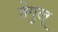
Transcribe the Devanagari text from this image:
तेगुलू